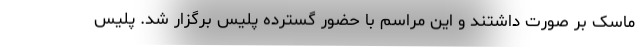
ماسک بر صورت داشتند و این مراسم با حضور گسترده پلیس برگزار شد. پلیس